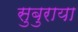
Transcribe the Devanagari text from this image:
सुबुराया